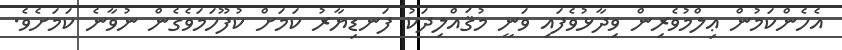
އެހެންކަމުން ޢިލްމުވެރިން ވިދާޅުވެފައި ވަނީ މުޤައްލިދަކު ފަނޑިޔާރު ކަމަށް ކުފޫހަމަވެގެން ނުވާނެ ކަމަށެވެ.